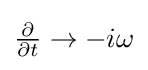
{\textstyle {\frac {\partial }{\partial t}}\rightarrow -i\omega }